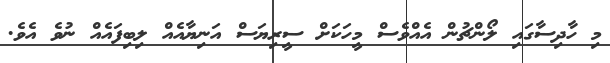
މި ހާދިސާގައި ލޯންޗުން އެއްވެސް މީހަކަށް ސީރިޔަސް އަނިޔާއެއް ލިބިފައެއް ނުވެ އެވެ.